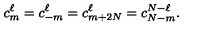
c _ { m } ^ { \ell } = c _ { - m } ^ { \ell } = c _ { m + 2 N } ^ { \ell } = c _ { N - m } ^ { N - \ell } .